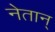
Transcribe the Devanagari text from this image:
नेतान्